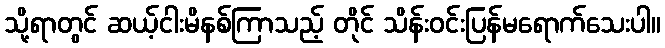
သို့ရာတွင် ဆယ့်ငါးမိနစ်ကြာသည့် တိုင် သိန်းဝင်းပြန်မရောက်သေးပါ။